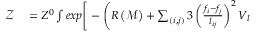
\begin{array} { r l } { \mathcal { Z } } & { { } = Z ^ { 0 } \int e x p \Bigg [ - \Bigg ( R \left( \mathcal { M } \right) + \sum _ { ( i , j ) } 3 \left( \frac { f _ { i } - f _ { j } } { l _ { i j } } \right) ^ { 2 } V _ { l } } \end{array}